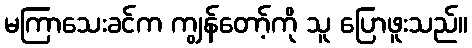
မကြာသေးခင်က ကျွန်တော့်ကို သူ ပြောဖူးသည်။